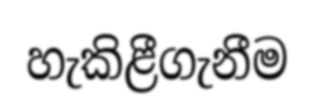
හැකිළීගැනීම